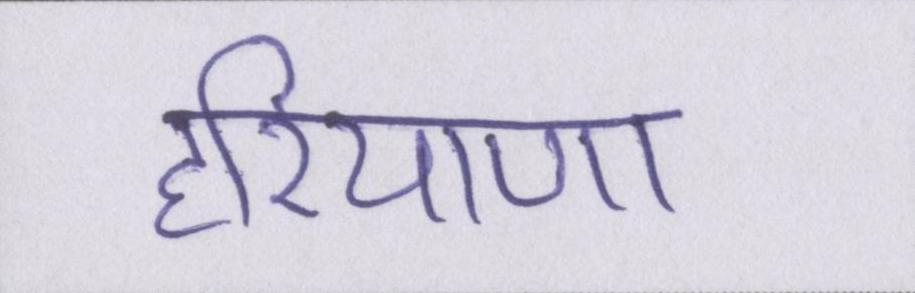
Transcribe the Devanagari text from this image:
हरियाणा